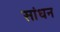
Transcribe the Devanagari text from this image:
सांधन